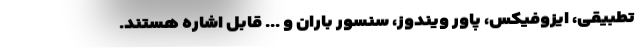
تطبیقی، ایزوفیکس، پاور ویندوز، سنسور باران و ... قابل اشاره هستند.